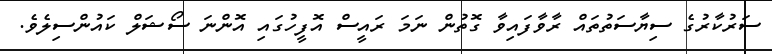
ސަރުކާރުގެ ސިޔާސަތުތައް ރާވާފައިވާ ގޮތުން ނަމަ ރައީސް އޮފީހުގައި އޮންނަ ސޯޝަލް ކައުންސިލެވެ.